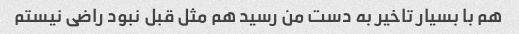
هم با بسیار تاخیر به دست من رسید هم مثل قبل نبود راضی نیستم